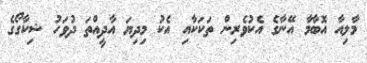
މާލިއާ އޮބާމާ އޭނާގެ އެކުވެރިން ތަކަކާއި އެކު މިދިޔަ އާދީއްތަ ދުވަހު ޝިކާގޯގެ